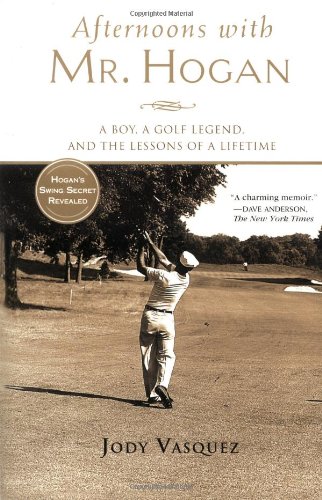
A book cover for Afternoons with Mr. Hogan; Jody Vasquez; Biographies & Memoirs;